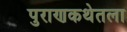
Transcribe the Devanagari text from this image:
पुराणकथेतला